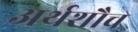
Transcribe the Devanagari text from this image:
अर्थशौच